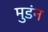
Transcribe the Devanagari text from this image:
मुडंन